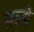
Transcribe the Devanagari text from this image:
सदनो